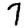
Digit: 7